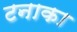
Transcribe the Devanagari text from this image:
टनाका